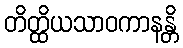
တိတ္ထိယသာဝကာနန္တိ